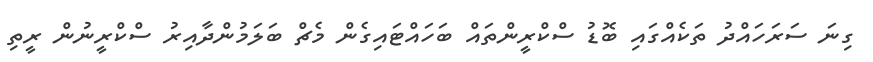
ގިނަ ސަރަހައްދު ތަކެއްގައި ބޮޑު ސްކްރީންތައް ބަހައްޓައިގެން މެޗް ބަލަމުންދާއިރު ސްކްރީނުން ރީތި